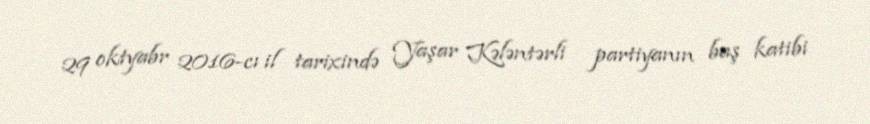
29 oktyabr 2016-cı il tarixində Yaşar Kələntərli partiyanın baş katibi